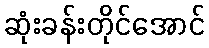
ဆုံးခန်းတိုင်အောင်